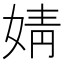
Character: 婧